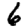
Digit: 6